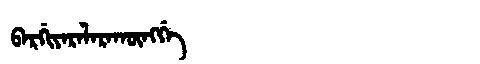
Manchu: ᠪᠠᡵᡤᡳᠶᠠᡵᠠᠯᠠᡵᠠᡴᡡᠩᡤᡝ
Romanization: BARGIYARALARAKŪNGGE